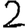
Digit: 2